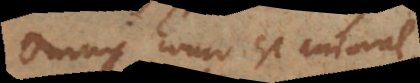
omnis homo est animal